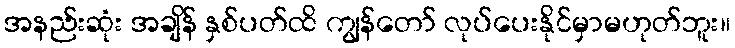
အနည်းဆုံး အချိန် နှစ်ပတ်ထိ ကျွန်တော် လုပ်ပေးနိုင်မှာမဟုတ်ဘူး။